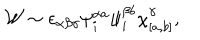
LaTeX: { \cal W } \sim \epsilon _ { \alpha \beta \gamma } \psi _ { i } ^ { \alpha a } \psi _ { i } ^ { \beta b } \chi _ { [ a , b ] } ^ { \gamma } ,